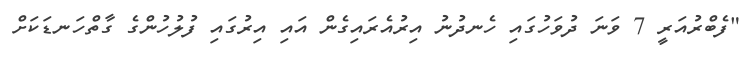
"ފެބްރުއަރީ 7 ވަނަ ދުވަހުގައި ހެނދުނު އިރުއެރައިގެން އައި އިރުގައި ފުލުހުންގެ ގާތްހަނޑަކަށް